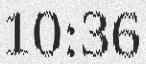
10:36